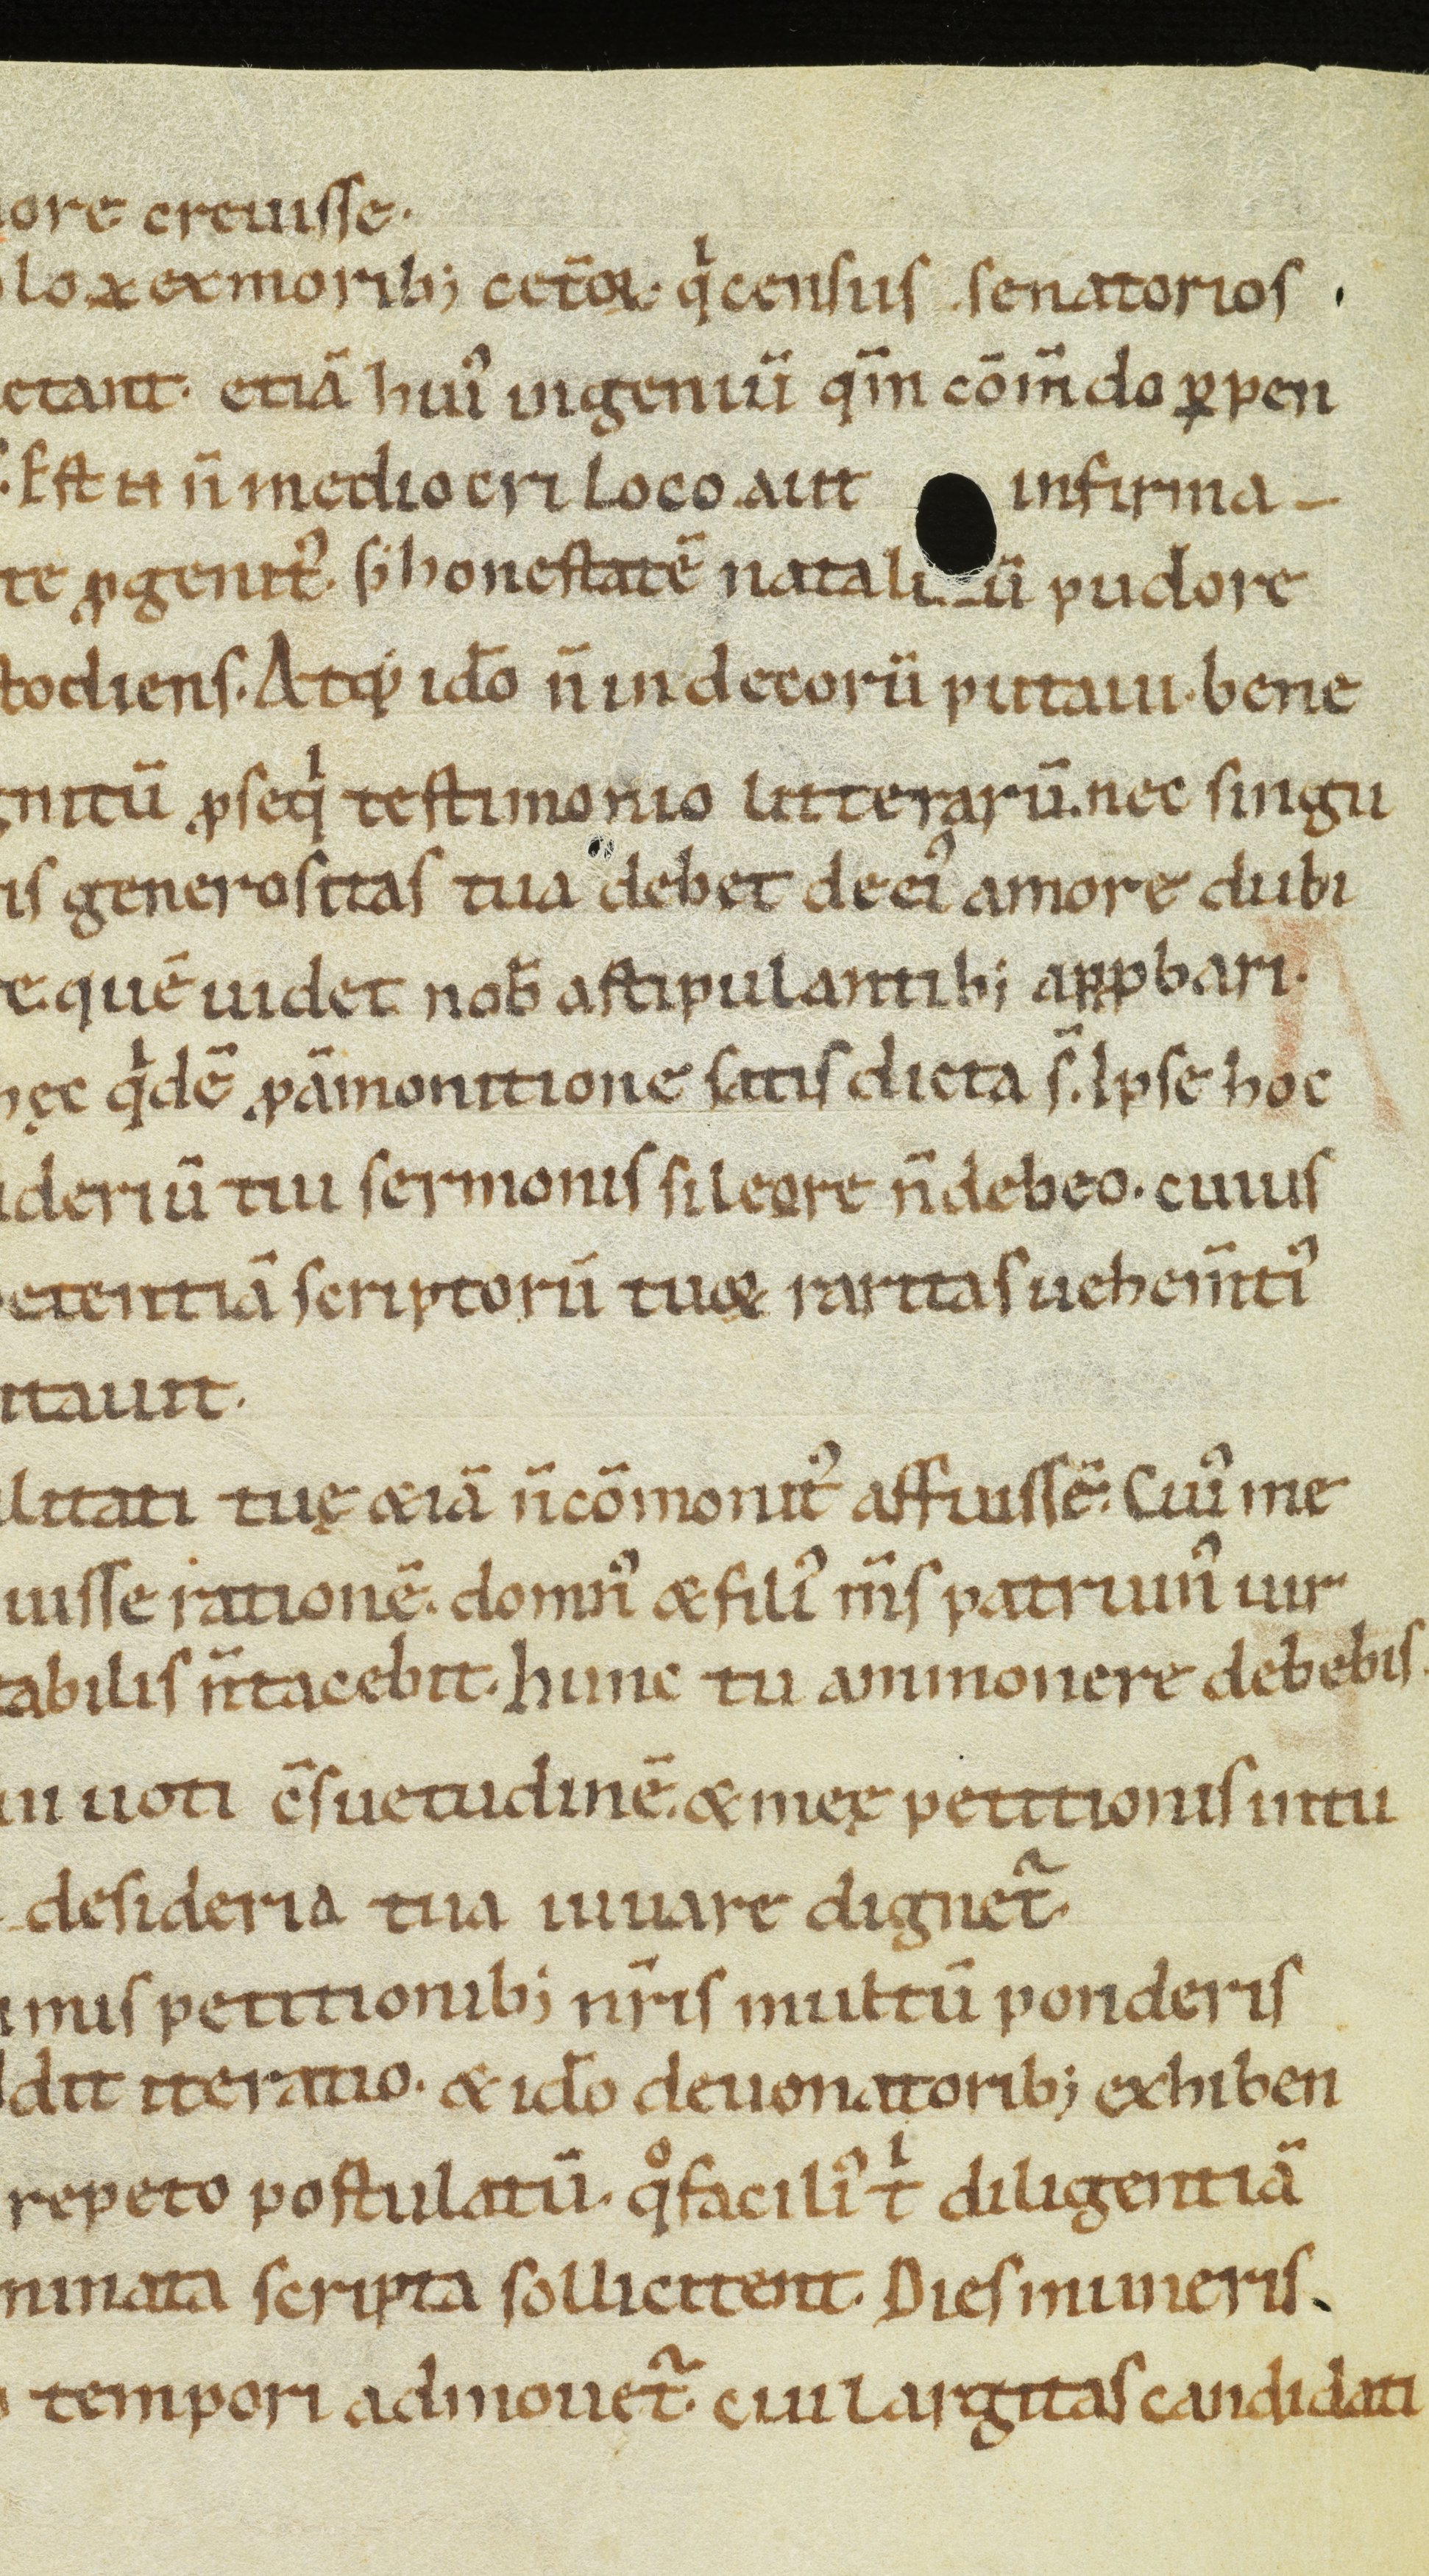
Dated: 1100–1199